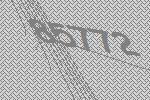
85772